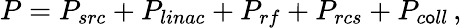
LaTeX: P=P_{src}+P_{linac}+P_{rf}+P_{rcs}+P_{c\mathsf{o}ll}\, ,